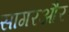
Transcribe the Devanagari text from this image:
सागरऔर